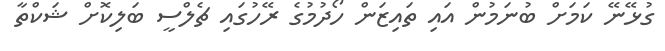
ގުޅޭނޭ ކަމަށް ބުނަމުން އައި ތައިޒަން ހޯދުމުގެ ރޭހުގައި ޗެލްސީ ބަލިކޮށް ޝަކްތާ